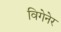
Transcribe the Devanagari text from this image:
विगेनेर